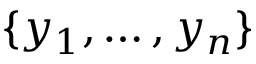
\{ y _ { 1 } , \dots , y _ { n } \}